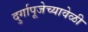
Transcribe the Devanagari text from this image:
दुर्गापूजेच्यावेळी